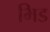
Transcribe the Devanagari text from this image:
भिड